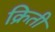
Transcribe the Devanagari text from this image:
क्रिती